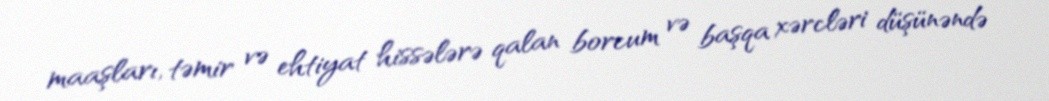
maaşları, təmir və ehtiyat hissələrə qalan borcum və başqa xərcləri düşünəndə